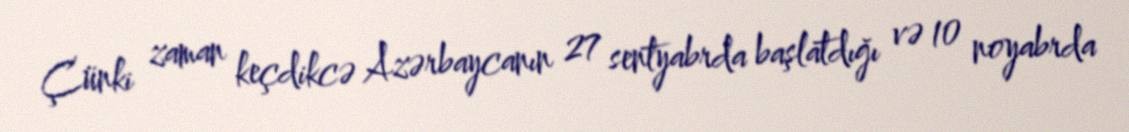
Çünki zaman keçdikcə Azərbaycanın 27 sentyabrda başlatdığı və 10 noyabrda